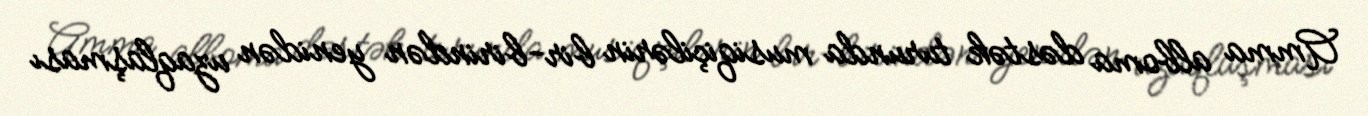
Amma alboma dəstək turunda musiqiçilərin bir-birindən yenidən uzaqlaşması